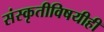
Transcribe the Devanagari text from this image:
संस्कृतीविषयीही